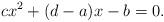
LaTeX: \begin{align*}cx^2+(d-a)x-b=0.\end{align*}